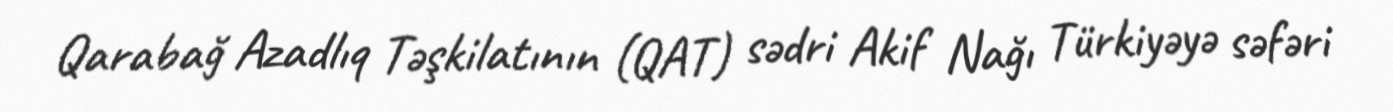
Qarabağ Azadlıq Təşkilatının (QAT) sədri Akif Nağı Türkiyəyə səfəri